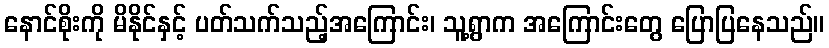
နောင်စိုးကို မိနိုင်နှင့် ပတ်သက်သည့်အကြောင်း၊ သူ့ရွာက အကြောင်းတွေ ပြောပြနေသည်။